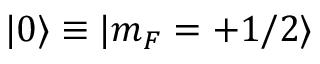
\ensuremath { | 0 \rangle } \equiv | m _ { F } = + 1 / 2 \rangle